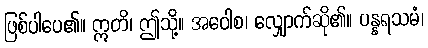
ဖြစ်ပါပေ၏။ ဣတိ၊ ဤသို့။ အဝေါစ၊ လျှောက်ဆို၏။ ပန္နရသမံ၊